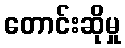
တောင်းဆိုမှု